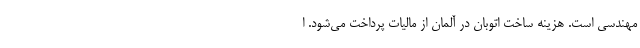
مهندسی است. هزینه ساخت اتوبان در آلمان از مالیات پرداخت می‌شود. ا